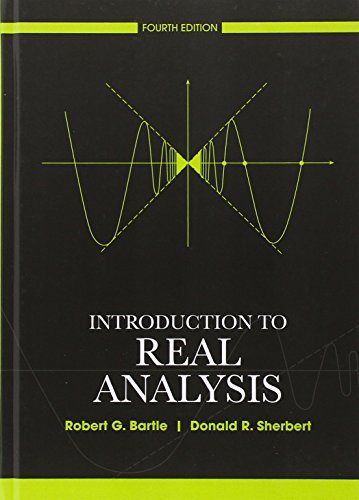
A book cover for Introduction to Real Analysis; Robert G. Bartle; Science & Math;